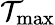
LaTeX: \mathcal{T}_{\mathrm{{max}}}